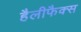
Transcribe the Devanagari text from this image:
हैलीफैक्स